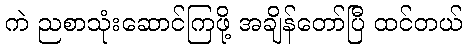
ကဲ ညစာသုံးဆောင်ကြဖို့ အချိန်တော်ပြီ ထင်တယ်